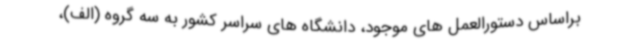
براساس دستورالعمل های موجود، دانشگاه های سراسر کشور به سه گروه (الف)،